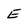
Character: E